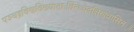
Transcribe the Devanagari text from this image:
पञ्चद्रविणविख्याताःविन्ध्यदक्षिणवासिनः॥